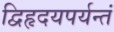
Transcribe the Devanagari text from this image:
द्विहृदयपर्यन्तं